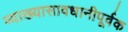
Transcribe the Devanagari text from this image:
व्याख्यासावधानीपूर्वक